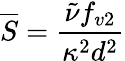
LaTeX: \overline{{S}}=\frac{\tilde{\nu}f_{v2}}{\kappa^{2}d^{2}}